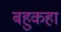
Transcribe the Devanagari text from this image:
बहुकहा